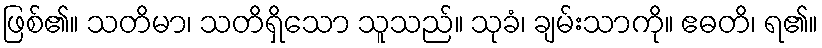
ဖြစ်၏။ သတိမာ၊ သတိရှိသော သူသည်။ သုခံ၊ ချမ်းသာကို။ ဧဓတိ၊ ရ၏။